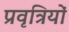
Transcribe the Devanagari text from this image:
प्रवृत्रियों